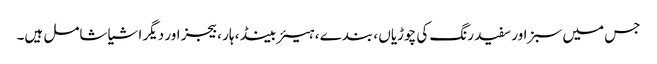
جس میں سبز اور سفید رنگ کی چوڑیاں ، بندے ، ہیئر بینڈ ، ہار ، بیجز اور دیگر اشیا شامل ہیں۔